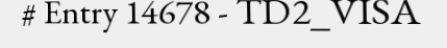
# Entry 14678 - TD2_VISA